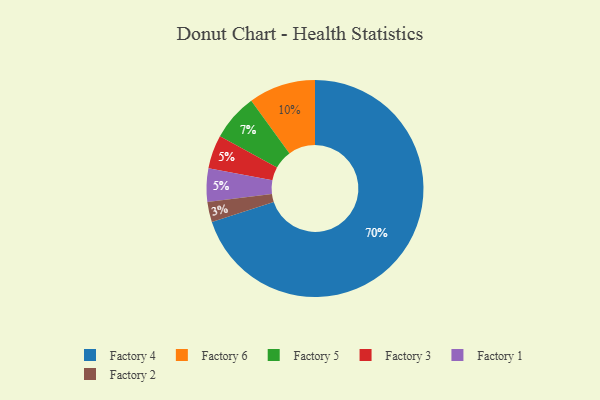
{"axis": {"x": "Category", "y": "Percentage"}, "legend": ["Factory 1", "Factory 2", "Factory 3", "Factory 4", "Factory 5", "Factory 6"], "data": [{"x": "Factory 5", "y": 7, "type": "Factory 5"}, {"x": "Factory 3", "y": 5, "type": "Factory 3"}, {"x": "Factory 4", "y": 70, "type": "Factory 4"}, {"x": "Factory 6", "y": 10, "type": "Factory 6"}, {"x": "Factory 1", "y": 5, "type": "Factory 1"}, {"x": "Factory 2", "y": 3, "type": "Factory 2"}]}